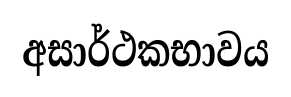
අසාර්ථකභාවය